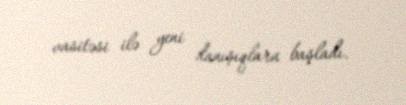
vasitəsi ilə yeni danışıqlara başladı.